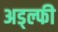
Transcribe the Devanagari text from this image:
अड्ल्फी